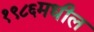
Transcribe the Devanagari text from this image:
१९८६मधील